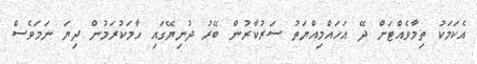
އެކަމަކު ތިމާވެއްޓަށް ދޭ އަހައްމިއްޔަތު ސަރުކާރުން ބޭރު ދުނިޔޭގައި ހާމަކުރަމުން ދިޔަ ނަމަވެސް